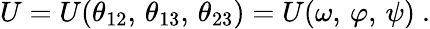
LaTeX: U=U(\theta_{12},\, \theta_{13},\, \theta_{23})=U(\omega,\, \varphi,\, \psi)\ .